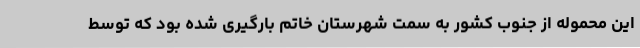
این محموله از جنوب کشور به سمت شهرستان خاتم بارگیری شده بود که توسط